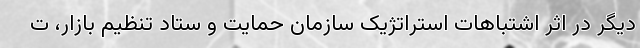
دیگر در اثر اشتباهات استراتژیک سازمان حمایت و ستاد تنظیم بازار، ت